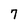
Character: 7